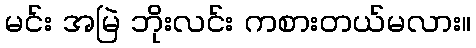
မင်း အမြဲ ဘိုးလင်း ကစားတယ်မလား။